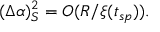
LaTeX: ( \Delta \alpha ) _ { S } ^ { 2 } = O ( R / \xi ( t _ { s p } ) ) .